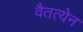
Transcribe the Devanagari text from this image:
वैतत्येन